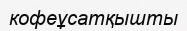
кофеұсатқышты